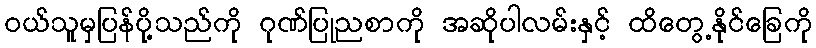
ဝယ်သူမှပြန်ပို့သည်ကို ဂုဏ်ပြုညစာကို အဆိုပါလမ်းနှင့် ထိတွေ့နိုင်ခြေကို